Juri_Uluots, lk 147
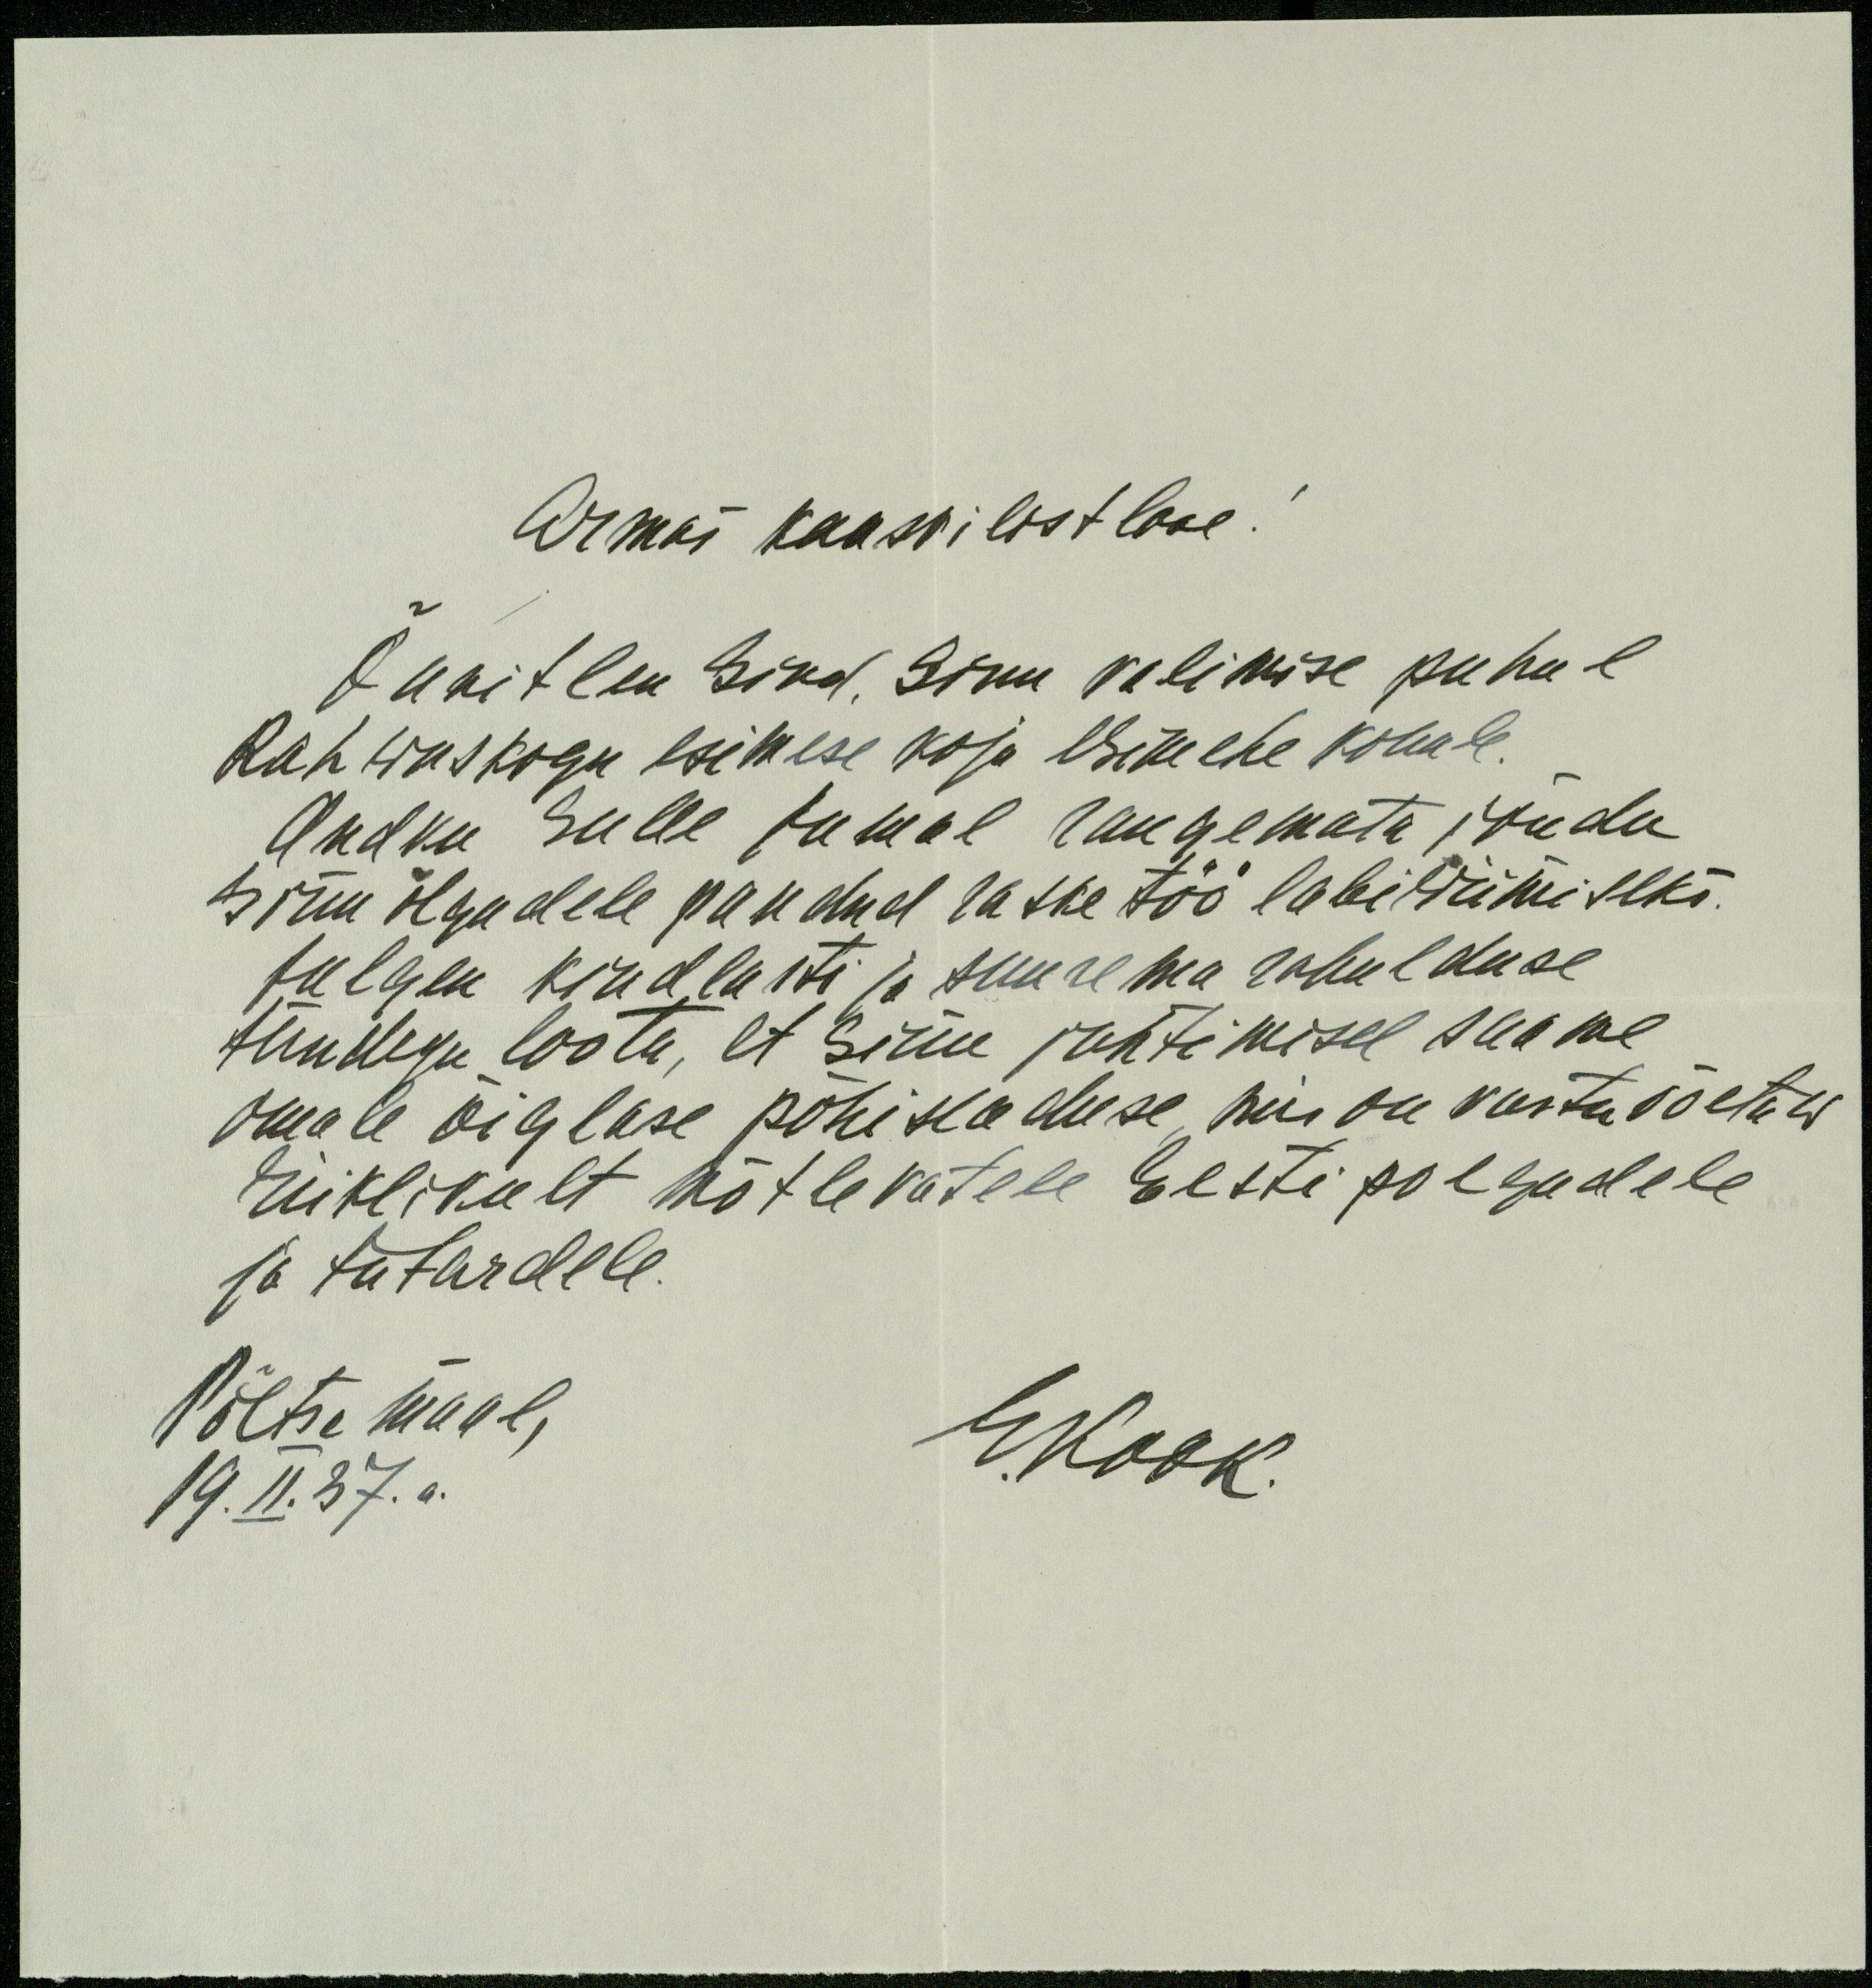
Armas kaasvilistlane
Õnnitlen Sind. Sinu valimise puhul
Rahwuskogu esimese koja esimehe kohale.
Andku Sulle Jumal raugemata jõudu
Sinu õlgadele pandud raske töö läbiwiimiseks.
Julgen kindlasti ja suurema rahulduse
tundega loota, et Sinu juhtimisel saame
omale õiglase põhiseaduse, mis on vastuvõetaw
riiklikult mõtlevatele Eesti poegadele
ja tütardele.
Põltsamaal,
E. Kook.
19.II.37.a.